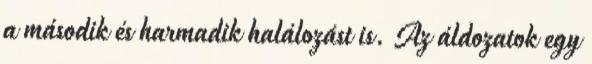
a második és harmadik halálozást is. Az áldozatok egy